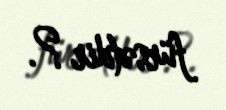
fürsətdir ?.